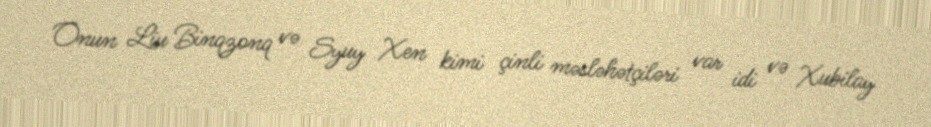
Onun Liu Binqzonq və Syuy Xen kimi çinli məsləhətçiləri var idi və Xubilay